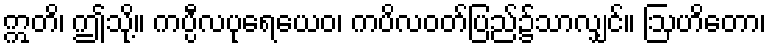
ဣတိ၊ ဤသို့။ ကပ္ပီလပုရေယေဝ၊ ကပိလဝတ်ပြည်၌သာလျှင်။ ဩဟိတော၊